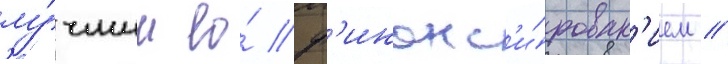
лу́чшим ео́ ф'инанс'и́рован'ием //